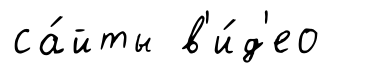
са́йты в'и́д'ео